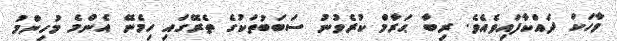
ވާހަކަ ދައްކާފައިވެއެވެ. ރިބާ ޙަރާމް ކުރެވުނު ސަބަބުތަކުގެ ތެރޭގައި ހިމެނޭ އެންމެ މުހިންމު